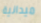
ميدانية